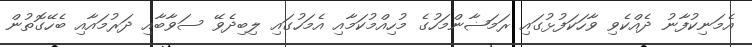
އެމަނިކުފާނު ދެއްކެވި ވާހަކަފުޅުގައި ރަމަޟާންމަހުގެ މުހިއްމުކަމާއި އެމަހުގައި ލިބިދެވޭ ސަވާބާއި ދަރުމައާއި ބެހޭގޮތުން